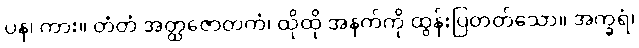
ပန၊ ကား။ တံတံ အတ္ထဇောတကံ၊ ထိုထို အနက်ကို ထွန်းပြတတ်သော။ အက္ခရံ၊